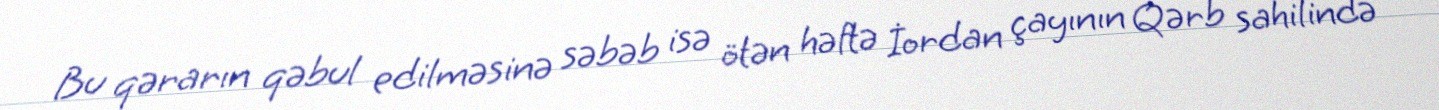
Bu qərarın qəbul edilməsinə səbəb isə ötən həftə İordan çayının Qərb sahilində